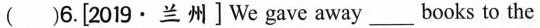
( )6.[2019·兰州 ] We gave away ___ books to the